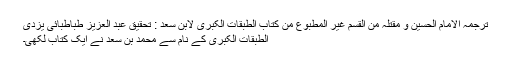
ترجمہ الامام الحسین و مقتلہ من القسم غیر المطبوع من کتاب الطبقات الکبری لابن سعد : تحقیق عبد العزیز طباطبائی یزدی
الطبقات الکبری کے نام سے محمد بن سعد نے ایک کتاب لکھی۔